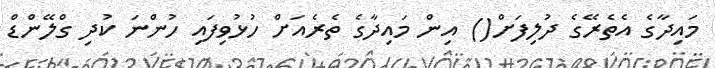
މައިދާގެ އެތެރޭގެ ދުލިފަށް() އިން މައިދާގެ ތެރެއަށް ހުޅުވިފައި ހުންނަ ކުދި ގްލޭންޑް